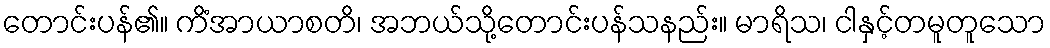
တောင်းပန်၏။ ကိံအာယာစတိ၊ အဘယ်သို့တောင်းပန်သနည်း။ မာရိသ၊ ငါနှင့်တမူတူသော